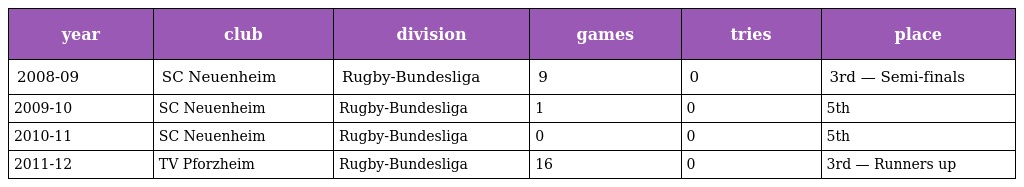
| year | club | division | games | tries | place |
 | --- | --- | --- | --- | --- | --- |
 | 2008-09 | SC Neuenheim | Rugby-Bundesliga | 9 | 0 | 3rd — Semi-finals |
 | 2009-10 | SC Neuenheim | Rugby-Bundesliga | 1 | 0 | 5th |
 | 2010-11 | SC Neuenheim | Rugby-Bundesliga | 0 | 0 | 5th |
 | 2011-12 | TV Pforzheim | Rugby-Bundesliga | 16 | 0 | 3rd — Runners up |